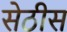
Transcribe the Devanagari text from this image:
सेठीस